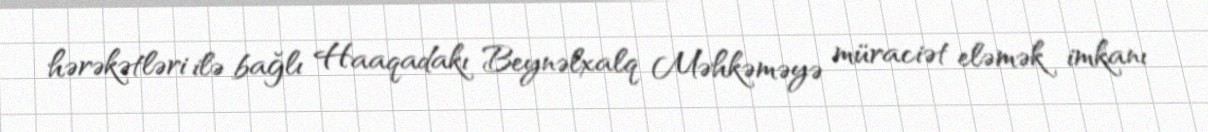
hərəkətləri ilə bağlı Haaqadakı Beynəlxalq Məhkəməyə müraciət eləmək imkanı